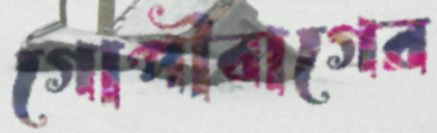
গোপীবাগের